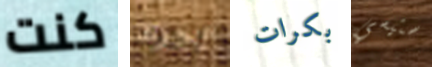
كنت أجرك بكرات ستيسي